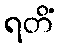
ရတိံ